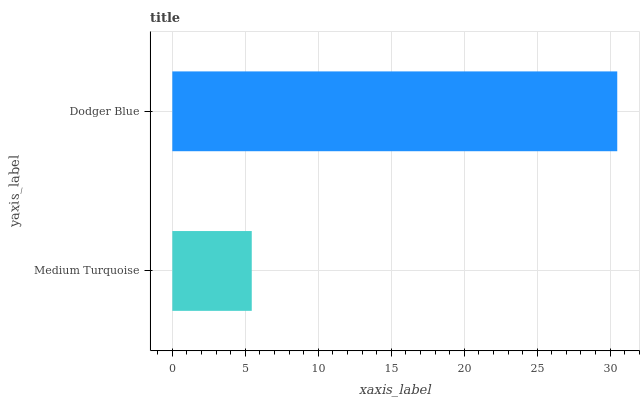
| yaxis_label | bars |
 | --- | --- |
 | Medium Turquoise | 5.44 |
 | Dodger Blue | 30.5 |